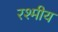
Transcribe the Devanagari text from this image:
रश्मीय